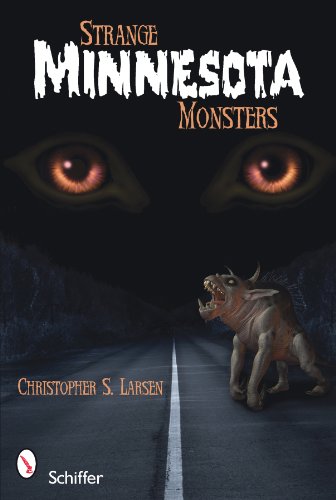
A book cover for Strange Minnesota Monsters; Christopher S. Larsen; Travel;